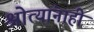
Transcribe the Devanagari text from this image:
श्रोत्यांनाही